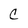
Character: C